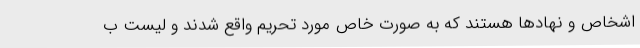
اشخاص و نهادها هستند که به صورت خاص مورد تحریم واقع شدند و لیست ب